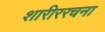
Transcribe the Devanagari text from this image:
शारीररचना